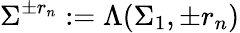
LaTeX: \Sigma^{\pm r_{n}}:=\Lambda(\Sigma_{1},\pm r_{n})